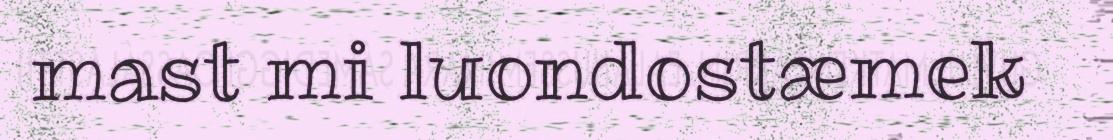
mast mi luondostæmek